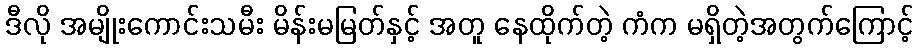
ဒီလို အမျိုးကောင်းသမီး မိန်းမမြတ်နှင့် အတူ နေထိုက်တဲ့ ကံက မရှိတဲ့အတွက်ကြောင့်